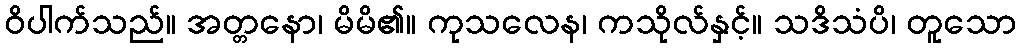
ဝိပါက်သည်။ အတ္တနော၊ မိမိ၏။ ကုသလေန၊ ကသိုလ်နှင့်။ သဒိသံပိ၊ တူသော